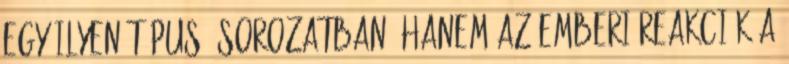
egy ilyen típusú sorozatban, hanem az emberi reakciók a